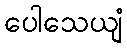
ပေါသေယျံ